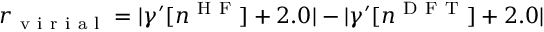
r _ { \mathrm { ~ v ~ i ~ r ~ i ~ a ~ l ~ } } = \lvert \gamma ^ { \prime } [ n ^ { \mathrm { ~ H ~ F ~ } } ] + 2 . 0 \rvert - \lvert \gamma ^ { \prime } [ n ^ { \mathrm { ~ D ~ F ~ T ~ } } ] + 2 . 0 \rvert